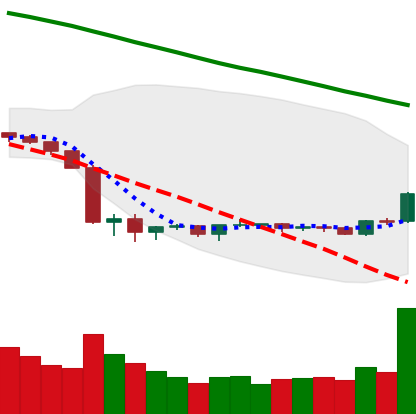
Ticker: BNB-USD
Chart end date: 2019-10-09
Forward return: 3.667%
Label: up_3_5